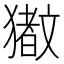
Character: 𬍆